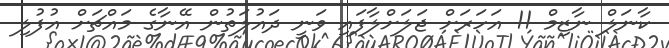
ކާނަލް ނާޒިމް 11 އަހަރަށް ޖަލަށްލާފައި ވަނީ ދައުލަތުން އޭނާގެ މައްޗަށް އުފުލި